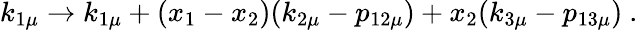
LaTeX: k_{1\mu}\rightarrow k_{1\mu}+(x_{1}-x_{2})(k_{2\mu}-p_{12\mu})+x_{2}(k_{3\mu}-p_{13\mu})\ .